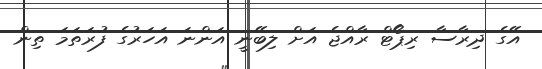
އޭގެ ދިރާސާ ރިޕޯޓް ރާއްޖެ އަށް ލިބޭނީ އަންނަ އަހަރުގެ ފުރަތަމަ ތިން